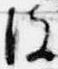
彼